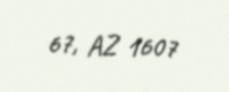
67, AZ 1607